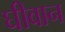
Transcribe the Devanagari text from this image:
घीवान